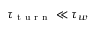
\tau _ { \mathrm { ~ t ~ u ~ r ~ n ~ } } \ll \tau _ { w }